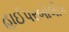
હાઈપરબોલીક